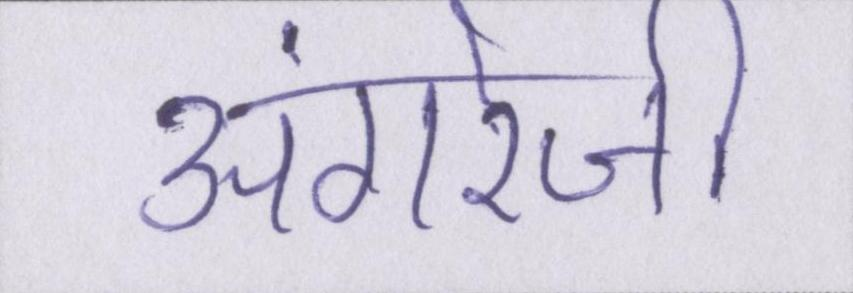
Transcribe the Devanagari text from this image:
अंगरेजी